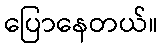
ပြောနေတယ်။